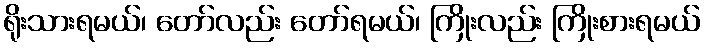
ရိုးသားရမယ်၊ တော်လည်း တော်ရမယ်၊ ကြိုးလည်း ကြိုးစားရမယ်